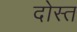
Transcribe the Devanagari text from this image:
दोस्त